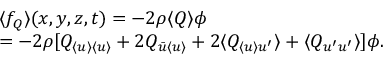
\begin{array} { r l } & { \langle { f } _ { Q } \rangle ( x , y , z , t ) = - 2 \rho \langle { Q } \rangle \phi } \\ & { = - 2 \rho [ Q _ { \langle { u } \rangle \langle { u } \rangle } + 2 Q _ { \bar { u } \langle { u } \rangle } + 2 \langle { Q } _ { \langle { u } \rangle u ^ { \prime } } \rangle + \langle { Q } _ { u ^ { \prime } u ^ { \prime } } \rangle ] \phi . } \end{array}